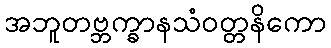
အဘူတဗ္ဘက္ခာနသံဝတ္တနိကော